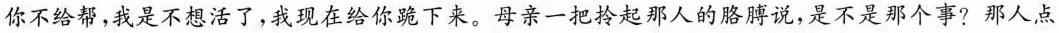
你不给帮，我是不想活了，我现在给你跪下来。母亲一把拎起那人的胳膊说，是不是那个事？那人点